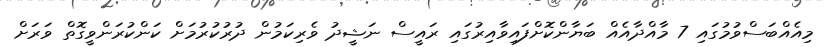
މިއެއްބަސްވުމުގައި 7 މާއްދާއެއް ބަޔާންކޮށްފައިވާއިރުގައި ރައީސް ނަޝީދު ވެރިކަމުން ދުރުކުރުމަށް ކަންކުރަންވީގޮތް ވަރަށް